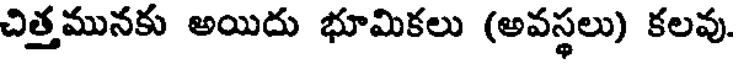
చిత్తమునకు అయిదు భూమికలు (అవస్థలు) కలవు.